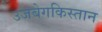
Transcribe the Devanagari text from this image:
उजबेगकिस्तान